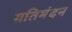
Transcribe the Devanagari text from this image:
गतिमंदन